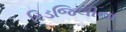
રિડજિલીના